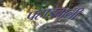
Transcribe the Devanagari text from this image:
पहाडवाली